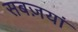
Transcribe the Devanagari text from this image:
सबज़यां